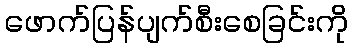
ဖောက်ပြန်ပျက်စီးစေခြင်းကို